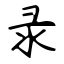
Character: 录